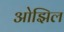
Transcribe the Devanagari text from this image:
ओझिल